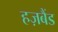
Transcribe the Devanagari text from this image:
हज़बैंड